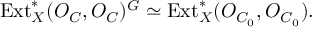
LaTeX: \mathrm { E x t } _ { X } ^ { * } ( { \cal O } _ { C } , { \cal O } _ { C } ) ^ { G } \simeq \mathrm { E x t } _ { X } ^ { * } ( { \cal O } _ { C _ { 0 } } , { \cal O } _ { C _ { 0 } } ) .